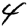
Digit: 4